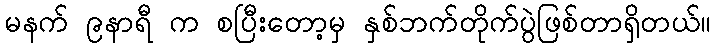
မနက် ၉နာရီ က စပြီးတော့မှ နှစ်ဘက်တိုက်ပွဲဖြစ်တာရှိတယ်။